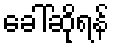
ခေါ်ဆိုရန်